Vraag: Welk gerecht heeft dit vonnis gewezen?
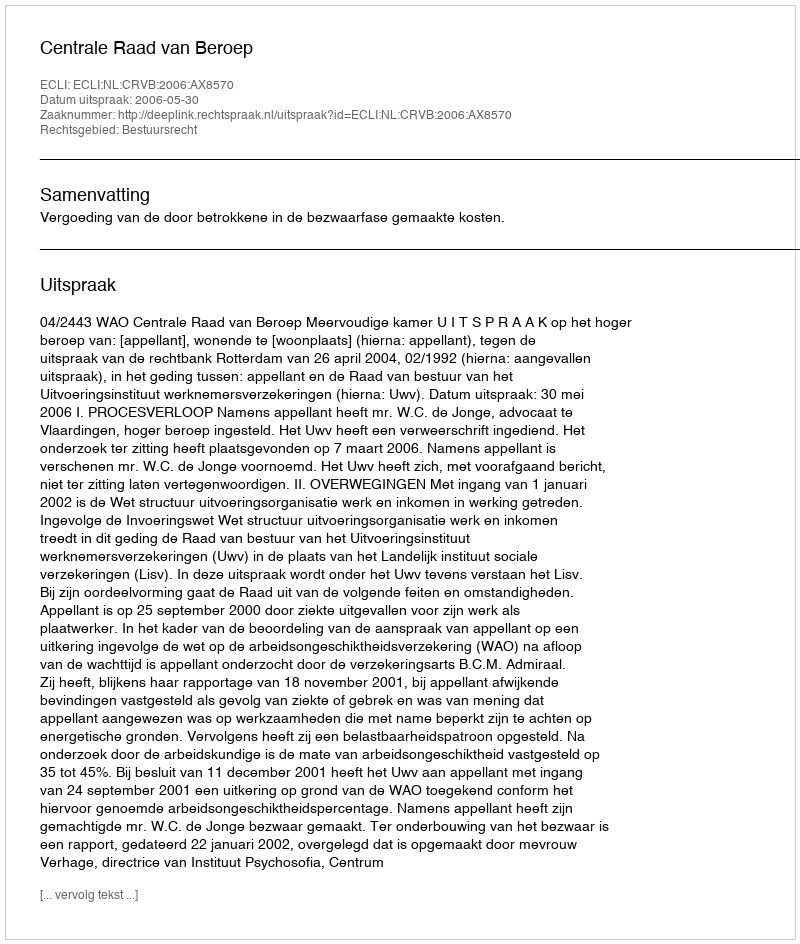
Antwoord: Centrale Raad van Beroep